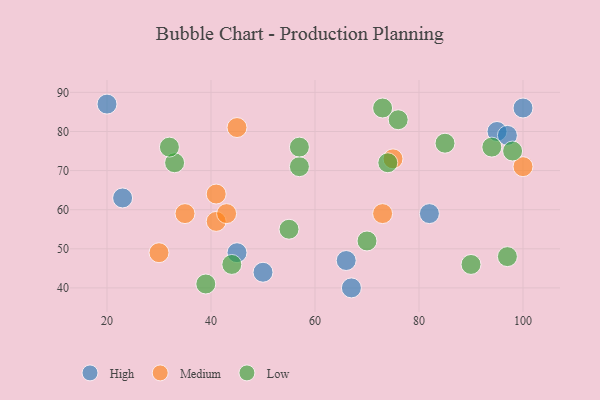
{"axis": {"x": "GDP", "y": "Life Expectancy"}, "legend": ["High", "Low", "Medium"], "data": [{"x": "20", "y": 87, "type": "High"}, {"x": "50", "y": 44, "type": "High"}, {"x": "45", "y": 49, "type": "High"}, {"x": "82", "y": 59, "type": "High"}, {"x": "23", "y": 63, "type": "High"}, {"x": "66", "y": 47, "type": "High"}, {"x": "95", "y": 80, "type": "High"}, {"x": "67", "y": 40, "type": "High"}, {"x": "100", "y": 86, "type": "High"}, {"x": "97", "y": 79, "type": "High"}, {"x": "45", "y": 81, "type": "Medium"}, {"x": "30", "y": 49, "type": "Medium"}, {"x": "41", "y": 57, "type": "Medium"}, {"x": "75", "y": 73, "type": "Medium"}, {"x": "41", "y": 64, "type": "Medium"}, {"x": "100", "y": 71, "type": "Medium"}, {"x": "43", "y": 59, "type": "Medium"}, {"x": "73", "y": 59, "type": "Medium"}, {"x": "35", "y": 59, "type": "Medium"}, {"x": "33", "y": 72, "type": "Low"}, {"x": "98", "y": 75, "type": "Low"}, {"x": "39", "y": 41, "type": "Low"}, {"x": "90", "y": 46, "type": "Low"}, {"x": "55", "y": 55, "type": "Low"}, {"x": "76", "y": 83, "type": "Low"}, {"x": "44", "y": 46, "type": "Low"}, {"x": "57", "y": 71, "type": "Low"}, {"x": "94", "y": 76, "type": "Low"}, {"x": "70", "y": 52, "type": "Low"}, {"x": "97", "y": 48, "type": "Low"}, {"x": "32", "y": 76, "type": "Low"}, {"x": "57", "y": 76, "type": "Low"}, {"x": "74", "y": 72, "type": "Low"}, {"x": "85", "y": 77, "type": "Low"}, {"x": "73", "y": 86, "type": "Low"}]}